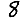
Digit: 8